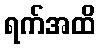
ရက်အထိ